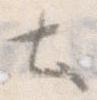
と